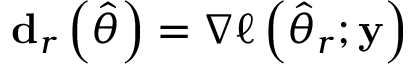
\mathbf { d } _ { r } \left( { \widehat { \theta } } \right) = \nabla \ell \left( { \widehat { \theta } } _ { r } ; \mathbf { y } \right)